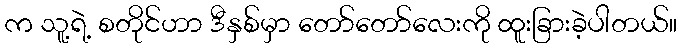
က သူ့ရဲ့ စတိုင်ဟာ ဒီနှစ်မှာ တော်တော်လေးကို ထူးခြားခဲ့ပါတယ်။